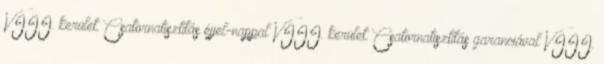
VIII. kerület. Csatornatisztítás éjjel-nappal VIII. kerület. Csatornatisztítás garanciával VIII.